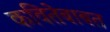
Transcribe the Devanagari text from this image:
कवितेबाबत